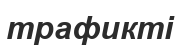
трафикті